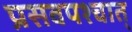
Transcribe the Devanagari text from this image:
प्रसवपश्चात्